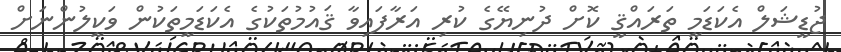
ޖުޑީޝަލް އެކަޑަމީ ތަރައްޤީ ކޮށް ދުނިޔޭގެ ކުރި އަރާފައިވާ ޤައުމުތަކުގެ އެކަޑަމީތަކުން ވަކީލުންނަށް